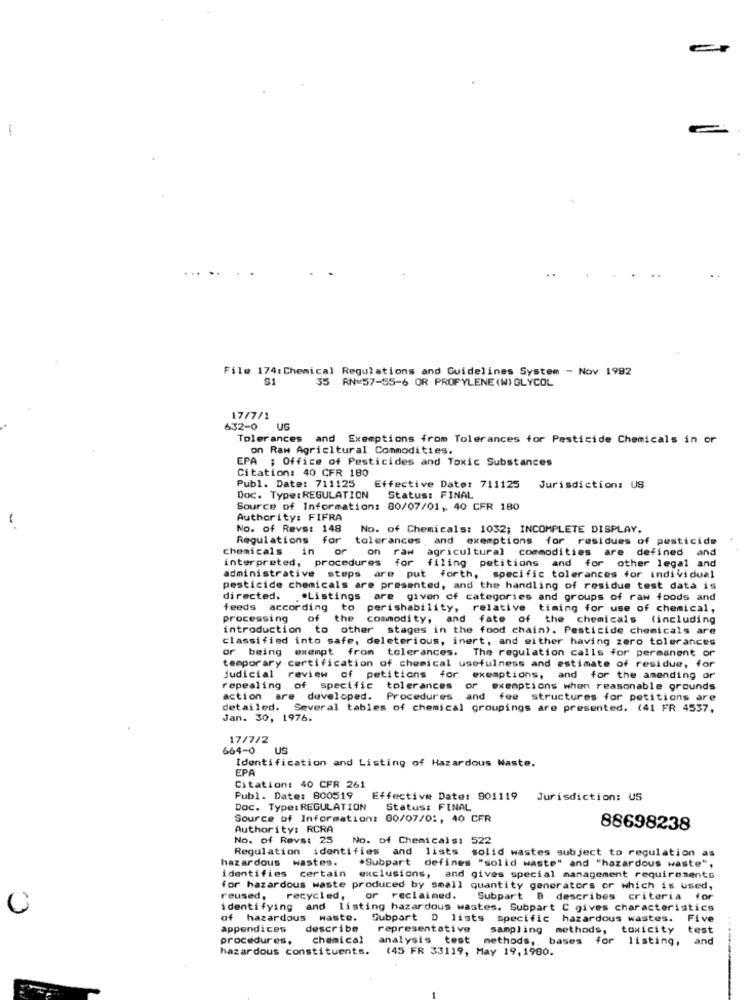
. ..
File 174: Chemical Regulations and Guidelines System - Nov 1982
S1
35 RN=57-55-6 OR PROPYLENE (W) GLYCOL
17/7/1
632-0
US
Tolerances and Exemptions from Tolerances for Pesticide Chemicals in or
on Raw Agricltural Commodities.
EPA ; Office of Pesticides and Toxic Substances
Citation: 40 CFR 180
Publ. Date: 711125
Effective Date: 711125
Jurisdiction: US
Doc. Type: REGULATION
Status: FINAL
Source of Information: 80/07/01, 40 CFR 180
-
Authority: FIFRA
No. of Revs: 148
No. of Chemicals: 1032; INCOMPLETE DISPLAY.
Regulations
for
tolerances and exemptions for residues of pesticide
Chemicals
in
or
on raw
agricultural commodities are defined and
interpreted, proced
procedures for
filing petitions and for other legal and
administrative steps are put forth, specific tolerances for individual
pesticide chemicals are presented, and the handling of residue test data is
directed.
. "Listings are given of categories and groups of raw foods and
feeds according to perishability, relative timing for use of chemical,
processing
of
the
commodity, and
fate of the chemicals (including
introduction to other stages in the food chain). Pesticide chemicals are
classified into safe, deleterious, inert, and either having zero tolerances
or being exempt from tolerances. The regulation calls for permanent or
temporary certification of chemical usefulness and estimate of residue, for
judicial review of petitions for exemptions, and for the amending or
repealing of specific
tolerances
or exemptions when reasonable grounds
action
are developed.
Procedures
and fee structures for petitions are
detailed. Several tables of chemical groupings are presented. (41 FR 4537,
Jan. 30, 1976.
17/7/2
664-0
US
Identification and Listing of Hazardous Waste.
EPA
Citation: 40 CFR 261
Publ. Date: 800519
Effective Date: 901119
Jurisdiction: US
Doc. Type: REGULATION
Status: FINAL
Source of Information: 00/07/01, 40 CFR
Authority: RCRA
88698238
No. of Revs: 25
No. of Chemicals:
522
Regulation identifies and lists
solid wastes subject to regulation as
hazardous wastes.
*Subpart defines "solid waste" and "hazardous waste",
identifies certain exclusions, and gives special management requirements
for hazardous waste produced by small quantity generators or which is used,
reused,
recycled,
or reclaimed.
Subpart B describes criteria for
identifying and listing hazardous wastes. Subpart C gives characteristics
of hazardous waste.
Gubpart D lists specific hazardous wastes.
Five
appendices
describe
representative
sampling methods, toxicity
test
procedures,
chemical
analysis test methods ,, bases for listing,
and
hazardous constituents.
(45 FR 33119, May 19, 1980.